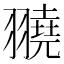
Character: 𦒒